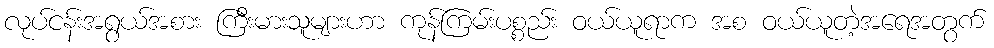
လုပ်ငန်းအရွယ်အစား ကြီးမားသူများဟာ ကုန်ကြမ်းပစ္စည်း ဝယ်ယူရာက အစ ဝယ်ယူတဲ့အရေအတွက်